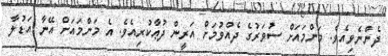
ދެންނެވިއެވެ. މަންމައަށް ސުވަރުގެ ދެއްވުމަށް އަރީން ދުޢާކުރިއެވެ. އެ މަންމައަށް އޭނާ އަޑުލާ